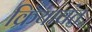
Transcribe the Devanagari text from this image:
क्रियावंत